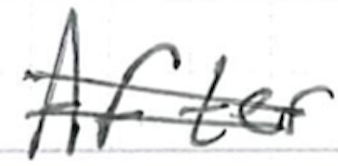
Text: After
Cross-out: double-line
Writing tool: ballpoint